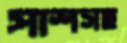
পাশসহ